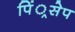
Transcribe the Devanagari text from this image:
पिं्रसेप